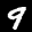
Label: 9